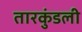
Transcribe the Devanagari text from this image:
तारकुंडली